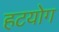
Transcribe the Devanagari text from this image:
हटयोग